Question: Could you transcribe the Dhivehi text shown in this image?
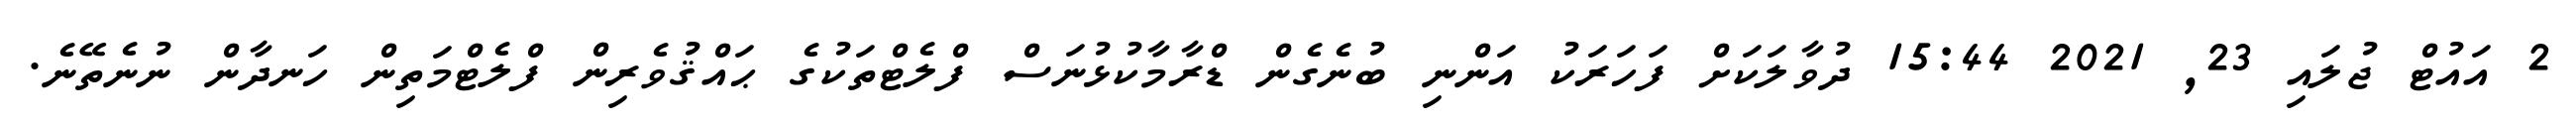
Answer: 2 އައުޓް ޖުލައި 23, 2021 15:44 ދުވާލަކަށް ފަހަރަކު އަންނި ބުނެގެން ޑްރާމާކުޅުނަސް ފްލެޓްތަކުގެ ޙައްޤުވެރިން ފްލެޓްމަތިން ހަނދާން ނުނެތޭނެ.